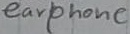
Text: earphone